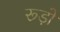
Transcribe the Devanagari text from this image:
रूड़ो